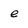
Character: e